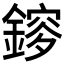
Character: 𨫂